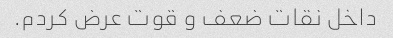
داخل نقات ضعف و قوت عرض کردم.